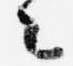
々